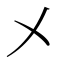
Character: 㐅